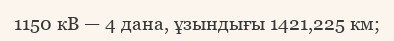
1150 кВ — 4 дана, ұзындығы 1421,225 км;